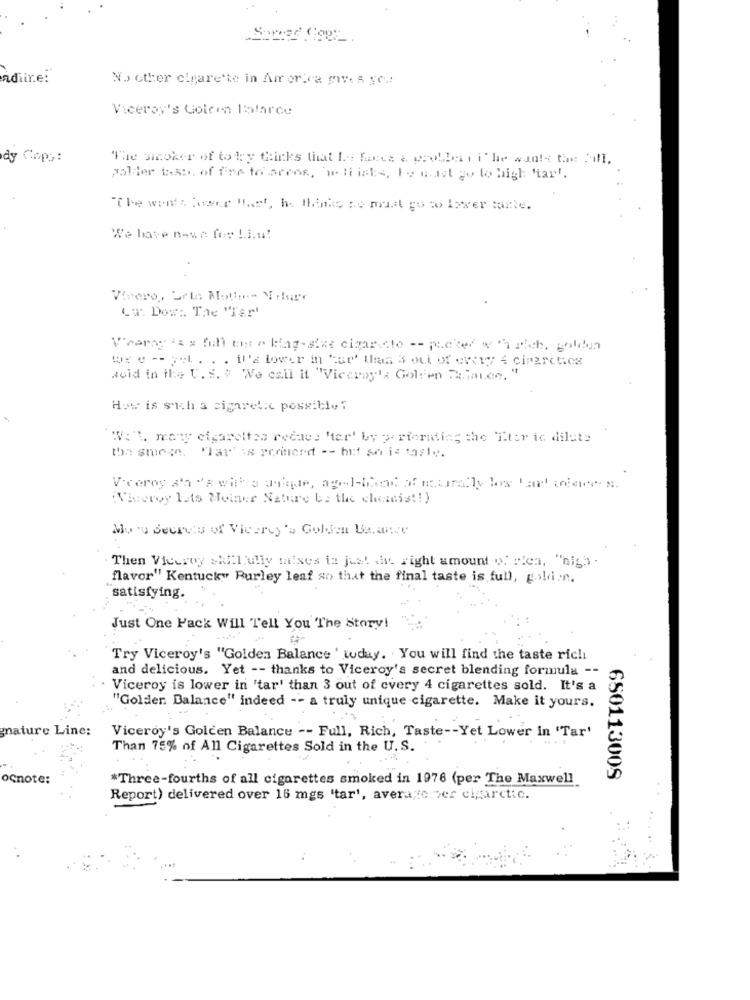
Somed Coel
adiire:
No other cipare'te in America pv. 5 yC .:
Viceros's Gotcon Estarce
dy Cops :
The sicoker of to ley Geirks that I .-. faces & pcollet . i' he wants the Mill.
poller tab. of fire to secos, beli ists, To must go to high "tart.
"The winds lower "het, he thinks se mat go wo lower tarte.
4
We have nowe fer !. i.u!
Vivere, Urte Motion- Niture
CW: Dowa The 'Tar'
V'eerag 's s fiili moet o king-size cigar.cte -- picked w'" rich, golden
we e -- jel. . . il'a lower in car' thaa 3 out of every 4 ciparctica
woid in the U. S. " We call it "Viceroy's Golfen Dalaten."
How is such a sigaret.c possible ?
"Well. many cigarettes recaes "ter' by priorating the Tter ic dilate
the smegn. "lar'is perinerd -- but so is taste.
"Vhroroy lots Meiner Nature be the cheezeis !! )
Moto Secrets of Vierrey 's Golden Balance
Then Viceroy skill ully mises is just div right amount of plea, "high -
flavor" Kentucky Burley leaf so that the final taste is full, gold.n.
satisfying.
Just One Pack Will Tell You The Story!
Try Viceroy's "Golden Balance ' today. You will find the taste rich
and delicious. Yet -- thanks to Viceroy's secret blending formula --
Viceroy is lower in 'tar' than 3 out of every 4 cigarettes sold. It's a
"Golder. Balance" indeed -- a truly unique cigarette. Make it yours.
nature Line:
Viceroy's Golden Balance -- Full, Rich, Taste -- Yet Lower in 'Tar'
Than 75% of All Cigarettes Sold in the U.S.
ocnote:
*Three-fourths of all cigarettes smoked in 1976 (per The Maxwell
650113008
Report) delivered over 16 mgs "tar', avera;to per ciparctic.